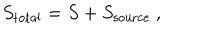
LaTeX: S _ { \mathrm { t o t a l } } = S + S _ { \mathrm { s o u r c e } } ~ ,